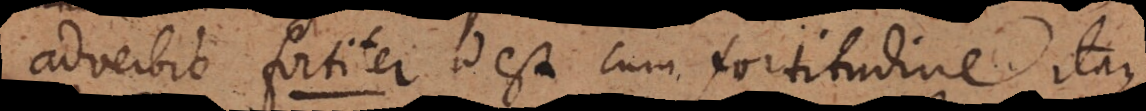
adverbio fortiter id est cum fortitudine. Itaque